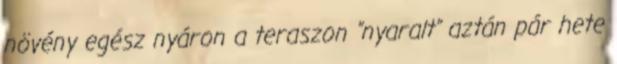
növény egész nyáron a teraszon "nyaralt" aztán pár hete